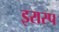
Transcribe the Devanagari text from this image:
इरास्प